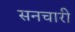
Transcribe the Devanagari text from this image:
सनचारी